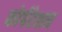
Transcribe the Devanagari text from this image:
कोर्परेशन